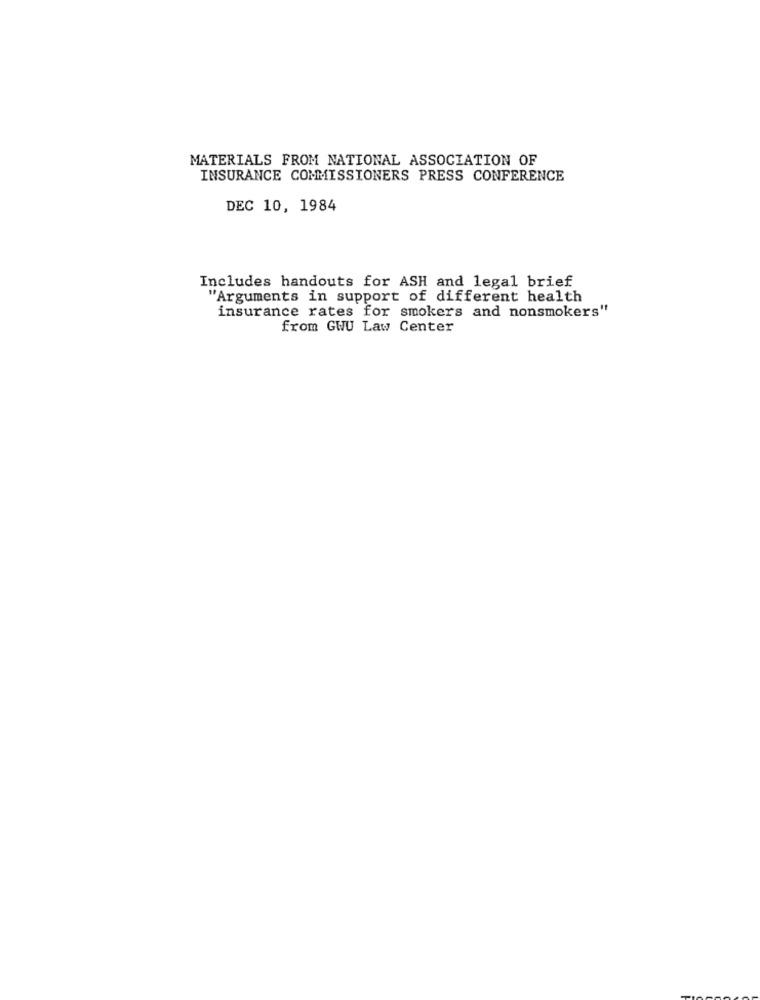
MATERIALS FROM NATIONAL ASSOCIATION OF
INSURANCE COMMISSIONERS PRESS CONFERENCE
DEC 10, 1984
Includes handouts for ASH and legal brief
"Arguments in support of different health
insurance rates for smokers and nonsmokers"
from GWU Law Center